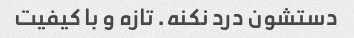
دستشون درد نکنه. تازه و با کیفیت